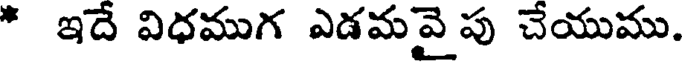
* ఇదే విధముగ ఎడమవై పు చేయుము.